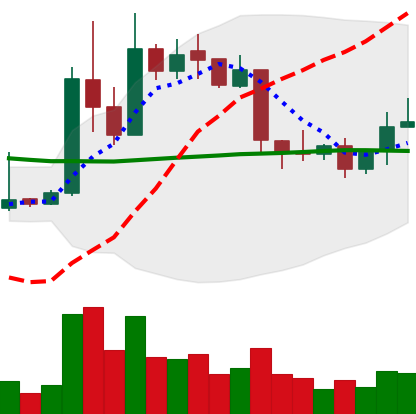
Ticker: XRP-USD
Chart end date: 2019-04-18
Forward return: -4.7%
Label: down_3_5